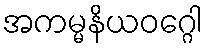
အကမ္မနိယဝဂ္ဂေါ